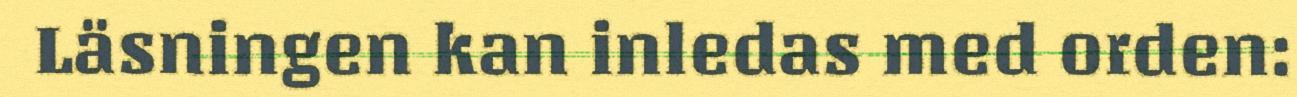
Läsningen kan inledas med orden: